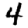
Digit: 4